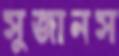
সুজানস